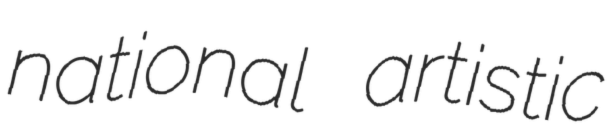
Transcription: national artistic